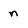
Character: n